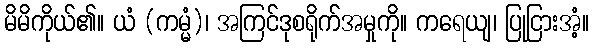
မိမိကိုယ်၏။ ယံ (ကမ္မံ)၊ အကြင်ဒုစရိုက်အမှုကို။ ကရေယျ၊ ပြုငြားအံ့။